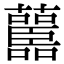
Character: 𧄤